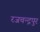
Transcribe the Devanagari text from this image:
रजचन्द्रपुर